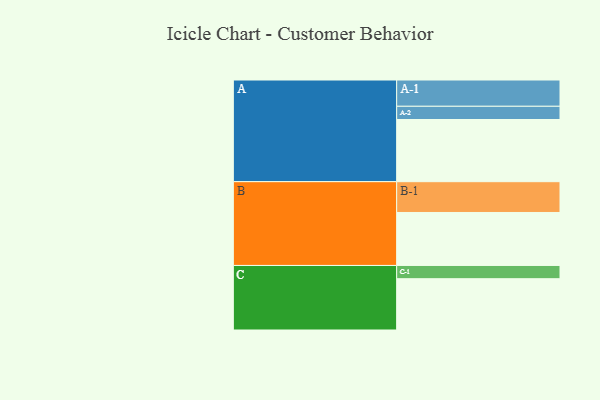
{"axis": {"x": "Segment", "y": "Value"}, "legend": ["", "A", "B", "C"], "data": [{"x": "A", "y": 549, "type": ""}, {"x": "B", "y": 468, "type": ""}, {"x": "C", "y": 453, "type": ""}, {"x": "A-1", "y": 232, "type": "A"}, {"x": "A-2", "y": 117, "type": "A"}, {"x": "B-1", "y": 272, "type": "B"}, {"x": "C-1", "y": 117, "type": "C"}]}